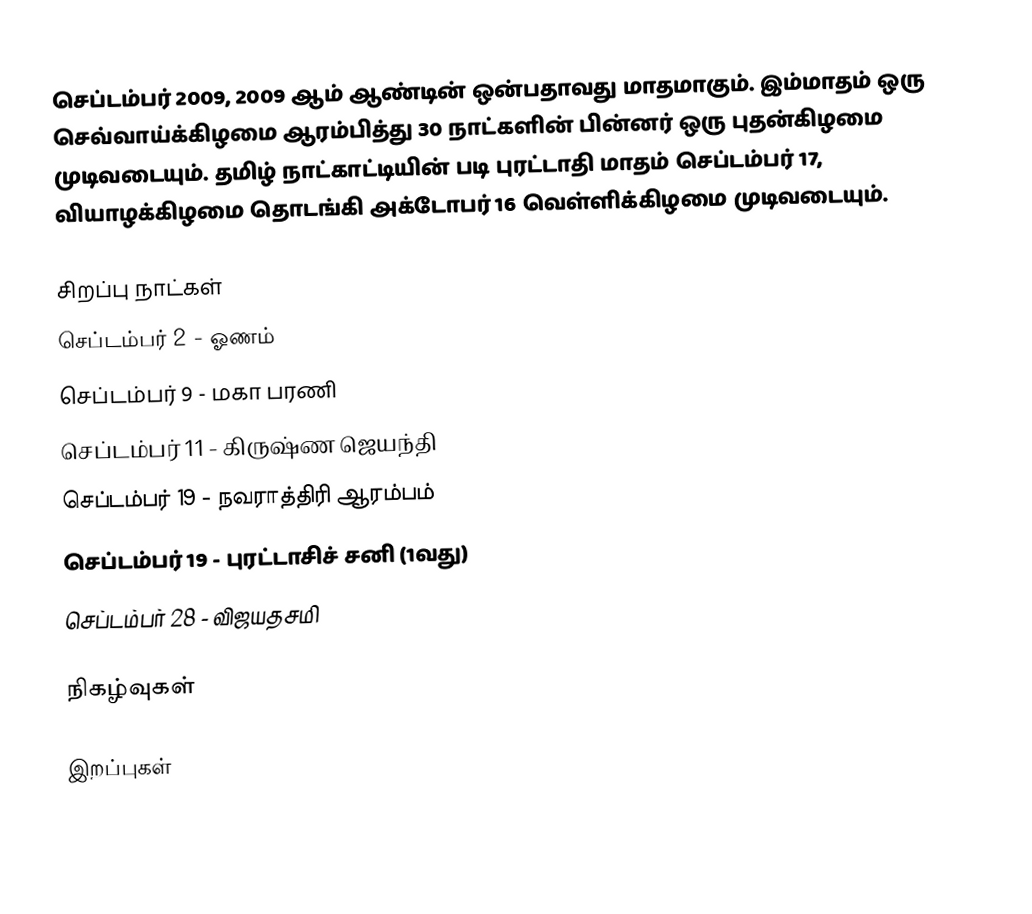
செப்டம்பர் 2009, 2009 ஆம் ஆண்டின் ஒன்பதாவது மாதமாகும். இம்மாதம் ஒரு செவ்வாய்க்கிழமை ஆரம்பித்து 30 நாட்களின் பின்னர் ஒரு புதன்கிழமை முடிவடையும். தமிழ் நாட்காட்டியின் படி புரட்டாதி மாதம் செப்டம்பர் 17, வியாழக்கிழமை தொடங்கி அக்டோபர் 16 வெள்ளிக்கிழமை முடிவடையும்.

சிறப்பு நாட்கள்
 செப்டம்பர் 2 - ஓணம்
 செப்டம்பர் 9 - மகா பரணி
 செப்டம்பர் 11 - கிருஷ்ண ஜெயந்தி
 செப்டம்பர் 19 - நவராத்திரி ஆரம்பம்
 செப்டம்பர் 19 - புரட்டாசிச் சனி (1வது)
 செப்டம்பர் 28 - விஜயதசமி

நிகழ்வுகள்

இறப்புகள்

2009